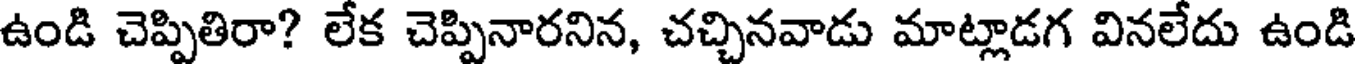
ఉండి చెప్పితిరా? లేక చెప్పినారనిన, చచ్చినవాడు మాట్లాడగ వినలేదు ఉండి